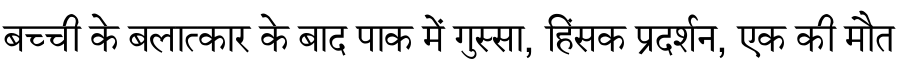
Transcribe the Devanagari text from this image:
बच्ची के बलात्कार के बाद पाक में गुस्सा, हिंसक प्रदर्शन, एक की मौत